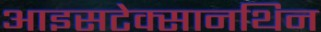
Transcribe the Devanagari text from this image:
आइसटेक्सानथिन